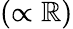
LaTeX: (\propto\mathbb{R})